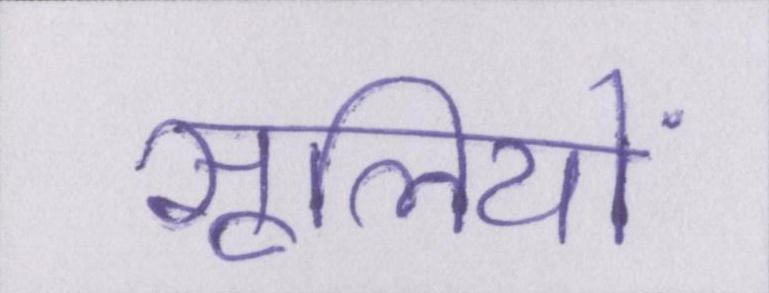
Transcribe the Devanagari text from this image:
सूलियों